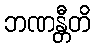
ဘဏန္တီတိ